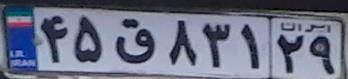
۴۵ق۸۳۱۲۹